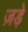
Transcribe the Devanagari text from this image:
ज़ड़े